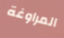
المراوغة